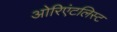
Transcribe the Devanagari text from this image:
ओरिएंटलिस्ट